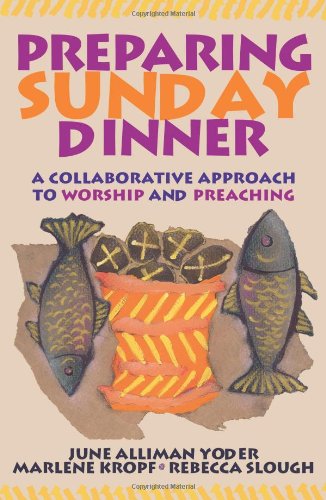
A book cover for Preparing Sunday Dinner: A Collaborative Approach to Worship and Preaching; Marlene Kropf; Christian Books & Bibles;